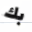
بك